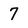
Character: 7